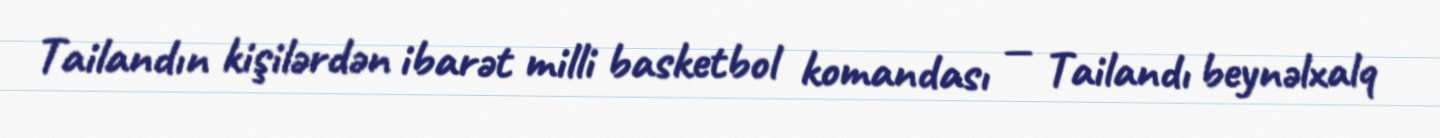
Tailandın kişilərdən ibarət milli basketbol komandası — Tailandı beynəlxalq